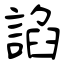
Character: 諂